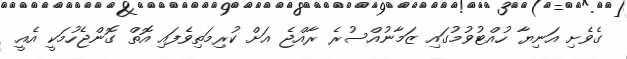
ގެވެށި އަނިޔާ ހުއްޓުވުމުގައި ޒަމާނުއްސުރެ ރާއްޖެ އަށް ކުރިމަތިވެފައި އޮތް ގޮންޖެހުމަކީ އެއީ